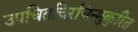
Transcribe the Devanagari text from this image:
उपचितचिरचिन्मुकुरित